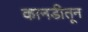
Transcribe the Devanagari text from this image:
कानडीतून